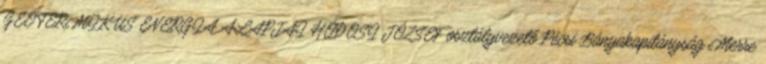
GEOTERMIKUS ENERGIA ALAPJAI HÓDOSI JÓZSEF osztályvezető Pécsi Bányakapitányság Merre